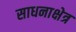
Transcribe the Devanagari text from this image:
साधनाक्षेत्र